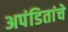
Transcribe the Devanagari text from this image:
अपंडितांचे